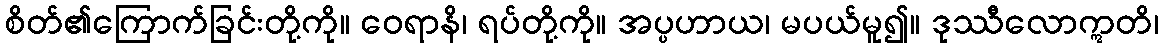
စိတ်၏ကြောက်ခြင်းတို့ကို။ ဝေရာနိ၊ ရပ်တို့ကို။ အပ္ပဟာယ၊ မပယ်မူ၍။ ဒုဿီလောဣတိ၊